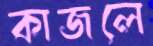
কাজলে